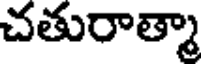
చతురాత్మా